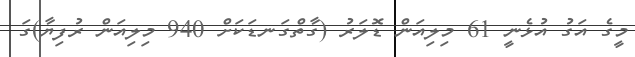
މީގެ އަގު އުޅެނީ 61 މިލިއަން ޑޮލަރު (ގާތްގަނޑަކަށް 940 މިލިއަން ރުފިޔާ)ގަ